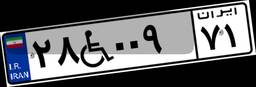
۲۸W۰۰۹۷۱